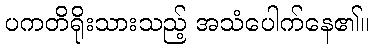
ပကတိရိုးသားသည့် အသံပေါက်နေ၏။